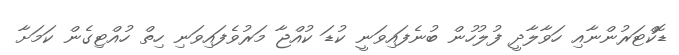
ޑޮކްޓަރުންނާއި ހަވާލާދީ ފުލުހުން ބުނެފައިވަނީ ކުޑަ ކުއްޖާ މަރުވެފައިވަނި ހިތް ހުއްޓިގެން ކަމަށާ